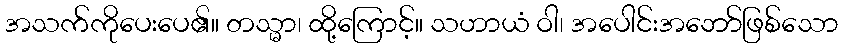
အသက်ကိုပေးပေ၏။ တသ္မာ၊ ထို့ကြောင့်။ သဟာယံ ဝါ၊ အပေါင်းအဘော်ဖြစ်သော